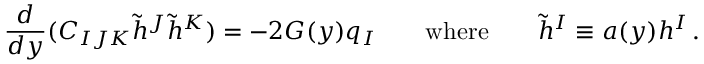
{ \frac { d } { d y } } ( C _ { I J K } \tilde { h } ^ { J } \tilde { h } ^ { K } ) = - 2 G ( y ) q _ { I } \qquad \mathrm { w h e r e } \qquad \tilde { h } ^ { I } \equiv a ( y ) h ^ { I } \, .